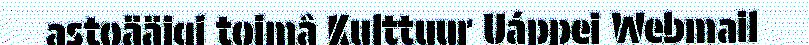
astoääigi toimâ Kulttuur Uáppei Webmail